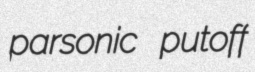
parsonic putoff